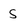
Character: S